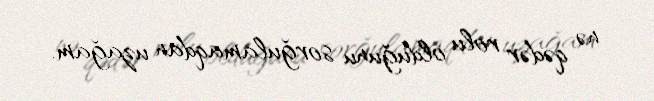
nə qədər rolu olduğunu sorğulamaqdan uzağam.